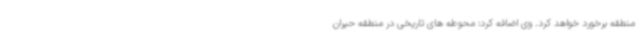
منطقه برخورد خواهد کرد. وی اضافه کرد: محوطه های تاریخی در منطقه حیران